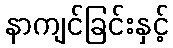
နာကျင်ခြင်းနှင့်